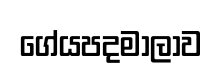
ගේයපදමාලාව